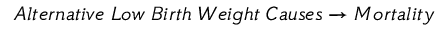
A l t e r n a t i v e \; L o w \; B i r t h \; W e i g h t \; C a u s e s \rightarrow M o r t a l i t y